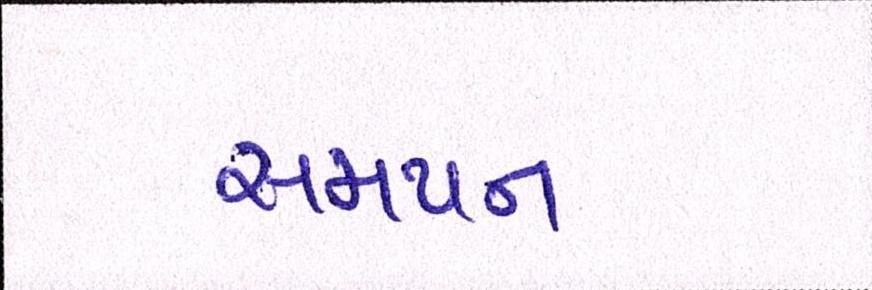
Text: સમાપ્ન